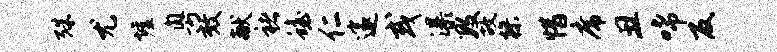
殊尤墟粤效献褚蟾仁邃或瀑数故操惜席丑唏反